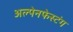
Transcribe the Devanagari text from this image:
अल्पेनफेस्टंग